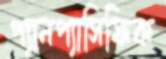
প্যানপ্যাসিফিক